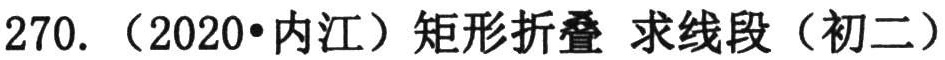
270. (2020•内江) 矩形折叠 求线段（初二）